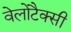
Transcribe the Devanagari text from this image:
वेलोटैक्सी